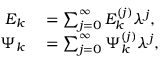
\begin{array} { r l } { E _ { k } } & { { } = \sum _ { j = 0 } ^ { \infty } E _ { k } ^ { ( j ) } \lambda ^ { j } , } \\ { \Psi _ { k } } & { { } = \sum _ { j = 0 } ^ { \infty } \Psi _ { k } ^ { ( j ) } \lambda ^ { j } , } \end{array}